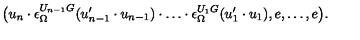
\bigl ( u _ { n } \cdot \epsilon _ { \Omega } ^ { U _ { n - 1 } G } ( u _ { n - 1 } ^ { \prime } \cdot u _ { n - 1 } ) \cdot \ldots \cdot \epsilon _ { \Omega } ^ { U _ { 1 } G } ( u _ { 1 } ^ { \prime } \cdot u _ { 1 } ) , e , \ldots , e \bigr ) .